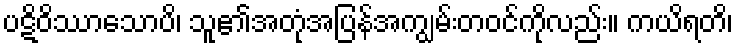
ပဋိဝိဿာသောပိ၊ သူ၏အတုံအပြန်အကျွမ်းတဝင်ကိုလည်း။ ကယိရတိ၊